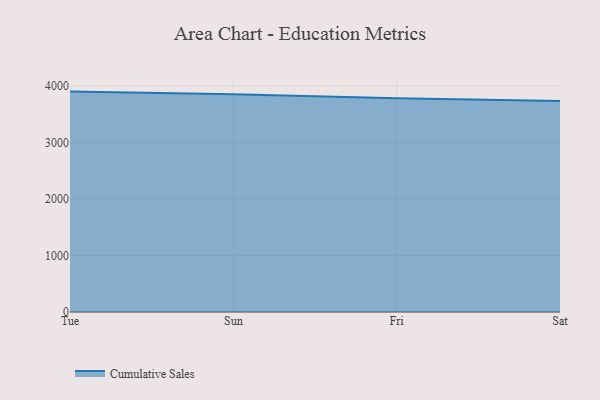
{"axis": {"x": "Day", "y": "Customer Acquisition Cost (USD)"}, "legend": ["Cumulative Sales"], "data": [{"x": "Tue", "y": 3904.3, "type": "Cumulative Sales"}, {"x": "Sun", "y": 3857.6, "type": "Cumulative Sales"}, {"x": "Fri", "y": 3788.0, "type": "Cumulative Sales"}, {"x": "Sat", "y": 3739.4, "type": "Cumulative Sales"}]}